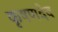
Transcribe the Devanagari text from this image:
कृषणदेव